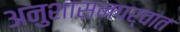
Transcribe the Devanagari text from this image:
अनुशासनपर्वात